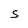
Character: S